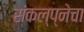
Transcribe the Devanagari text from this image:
संकल्प्नेचा